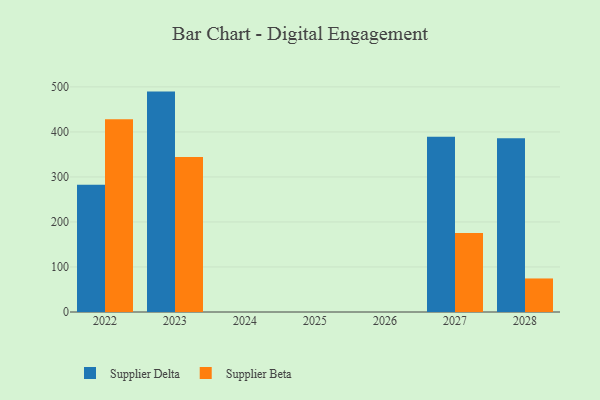
{"axis": {"x": "Year", "y": "Demand Index"}, "legend": ["Supplier Beta", "Supplier Delta"], "data": [{"x": "2028", "y": 386.2, "type": "Supplier Delta"}, {"x": "2028", "y": 74.5, "type": "Supplier Beta"}, {"x": "2022", "y": 282.9, "type": "Supplier Delta"}, {"x": "2022", "y": 428.2, "type": "Supplier Beta"}, {"x": "2023", "y": 489.6, "type": "Supplier Delta"}, {"x": "2023", "y": 344.3, "type": "Supplier Beta"}, {"x": "2027", "y": 389.4, "type": "Supplier Delta"}, {"x": "2027", "y": 175.7, "type": "Supplier Beta"}]}